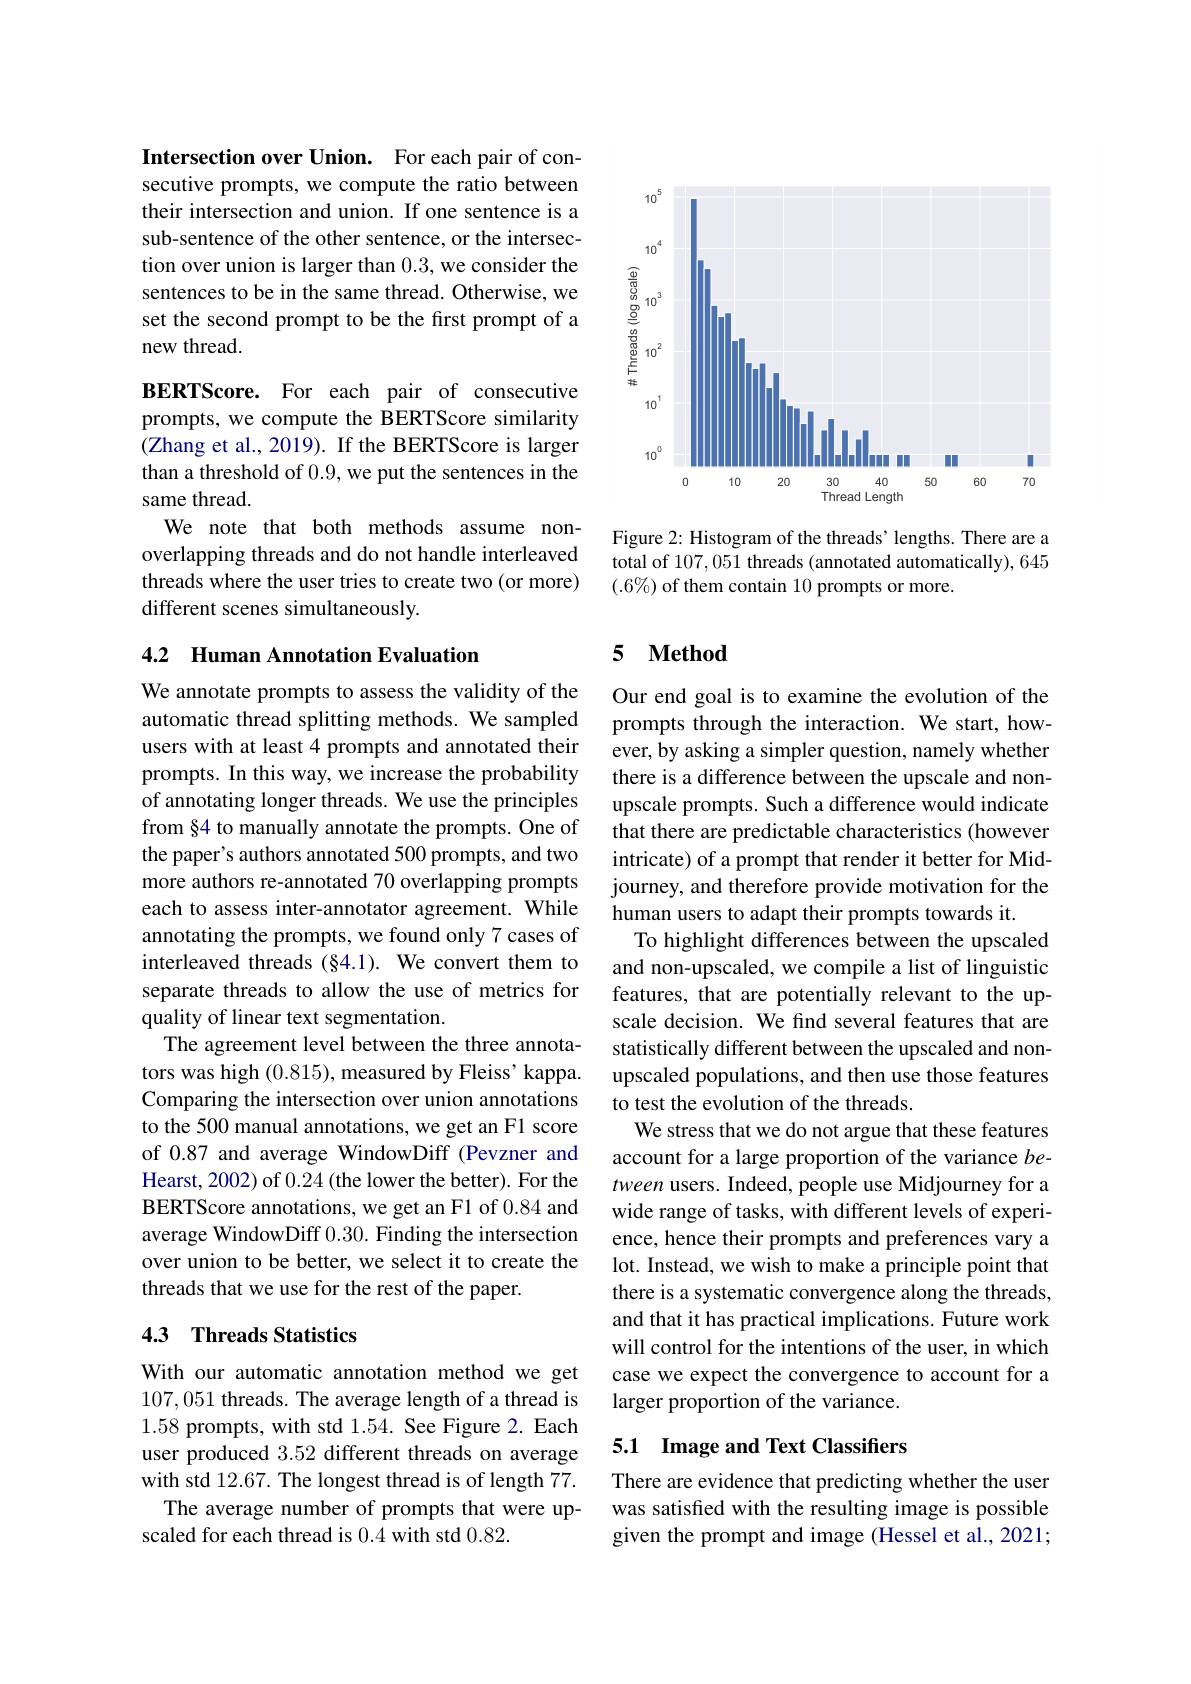
Intersection over Union. For each pair of consecutive prompts, we compute the ratio between their intersection and union. If one sentence is a sub-sentence of the other sentence, or the intersection over union is larger than 0.3,we consider the sentences to be in the same thread. Otherwise, we set the second prompt to be the first prompt of a new thread.

BERTScore. For each pair of consecutive prompts, we compute the BERTScore similarity (Zhang et al., 2019). If the BERTScore is larger than a threshold of 0.9, we put the sentences in the same thread.
We note that both methods assume nonoverlapping threads and do not handle interleaved threads where the user tries to create two (or more) different scenes simultaneously.

## 4.2 Human Annotation Evaluation

We annotate prompts to assess the validity of the automatic thread splitting methods. We sampled users with at least 4 prompts and annotated their prompts. In this way, we increase the probability of annotating longer threads. We use the principles from §4 to manually annotate the prompts. One of the paper's authors annotated 500 prompts, and two more authors re-annotated 70 overlapping prompts each to assess inter-annotator agreement. While annotating the prompts, we found only 7 cases of interleaved threads (§4.1). We convert them to separate threads to allow the use of metrics for quality of linear text segmentation.
The agreement level between the three annotators was high (0.815), measured by Fleiss' kappa. Comparing the intersection over union annotations to the 500 manual annotations, we get an F1 score of 0.87 and average WindowDiff (Pevzner and Hearst, 2002) of 0.24 (the lower the better). For the BERTScore annotations, we get an F1 of 0.84 and average WindowDiff 0.30. Finding the intersection over union to be better, we select it to create the threads that we use for the rest of the paper.

## 4.3 Threads Statistics

With our automatic annotation method we get 107,051 threads. The average length of a thread is 1.58 prompts, with std 1.54. See Figure 2. Each user produced 3.52 different threads on average with std 12.67. The longest thread is of length 77.
The average number of prompts that were up-
scaled for each thread is 0.4 with std 0.82.

<FigureHere>

Figure 2: Histogram of the threads' lengths. There are a total of 107, 051 threads (annotated automatically), 645 $(.6\%)$ of them contain 10 prompts or more.

## 5 $\textbf{Method}$

Our end goal is to examine the evolution of the prompts through the interaction. We start, however, by asking a simpler question, namely whether there is a difference between the upscale and nonupscale prompts. Such a difference would indicate that there are predictable characteristics (however intricate) of a prompt that render it better for Midjourney, and therefore provide motivation for the human users to adapt their prompts towards it.
To highlight differences between the upscaled and non-upscaled, we compile a list of linguistic features, that are potentially relevant to the upscale decision. We find several features that are statistically different between the upscaled and nonupscaled populations, and then use those features to test the evolution of the threads.
We stress that we do not argue that these features account for a large proportion of the variance between users. Indeed, people use Midjourney for a wide range of tasks, with different levels of experience, hence their prompts and preferences vary a lot. Instead, we wish to make a principle point that there is a systematic convergence along the threads, and that it has practical implications. Future work will control for the intentions of the user, in which case we expect the convergence to account for a larger proportion of the variance.

# 5.1 Image and Text Classifiers

There are evidence that predicting whether the user was satisfed with the resulting image is possible given the prompt and image (Hessel et al., 2021;